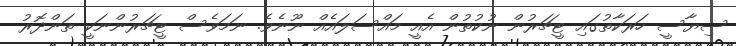
ސިޔާސީ ހަރަކާތުގައި ޓީޗަރުން ނުކުތުން އެއީ މައްސަލައެއް ނޫނެވެ. ނަމަވެސް ޓީޗަރުންނަކީ ތަންދޮރު